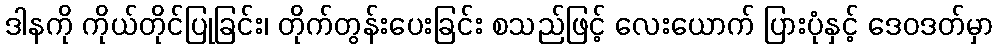
ဒါနကို ကိုယ်တိုင်ပြုခြင်း၊ တိုက်တွန်းပေးခြင်း စသည်ဖြင့် လေးယောက် ပြားပုံနှင့် ဒေဝဒတ်မှာ